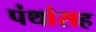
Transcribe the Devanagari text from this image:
पंथांसह